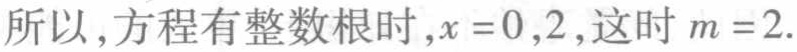
所以,方程有整数根时,$x = 0,2$,这时$m = 2$.